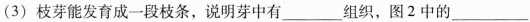
(3) 枝芽能发育成一段枝条，说明芽中有___组织，图2中的___